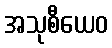
အသုစီယေဝ